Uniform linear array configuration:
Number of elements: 12
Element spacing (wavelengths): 1
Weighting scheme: cosine
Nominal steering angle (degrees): -15
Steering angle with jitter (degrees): -16.599
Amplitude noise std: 0.05
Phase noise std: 0.05

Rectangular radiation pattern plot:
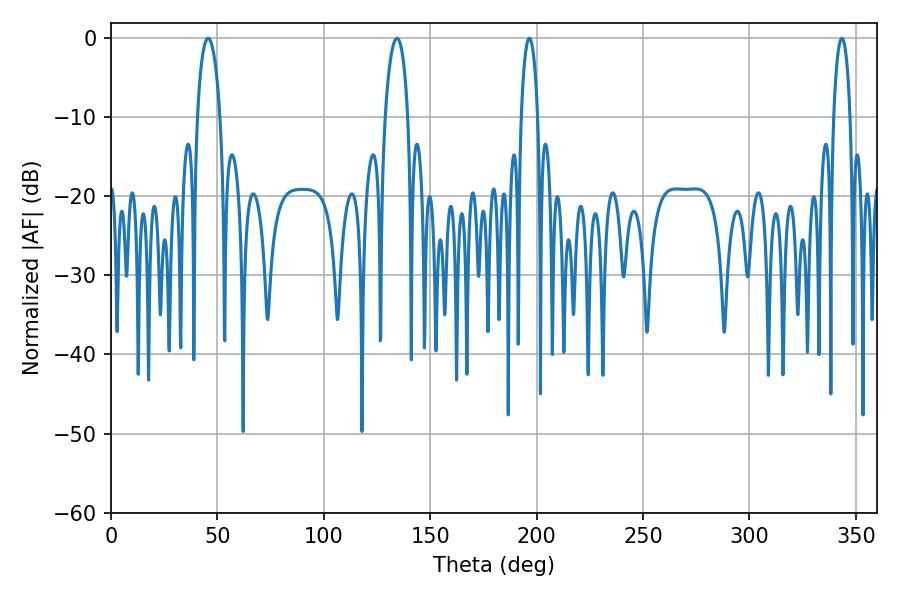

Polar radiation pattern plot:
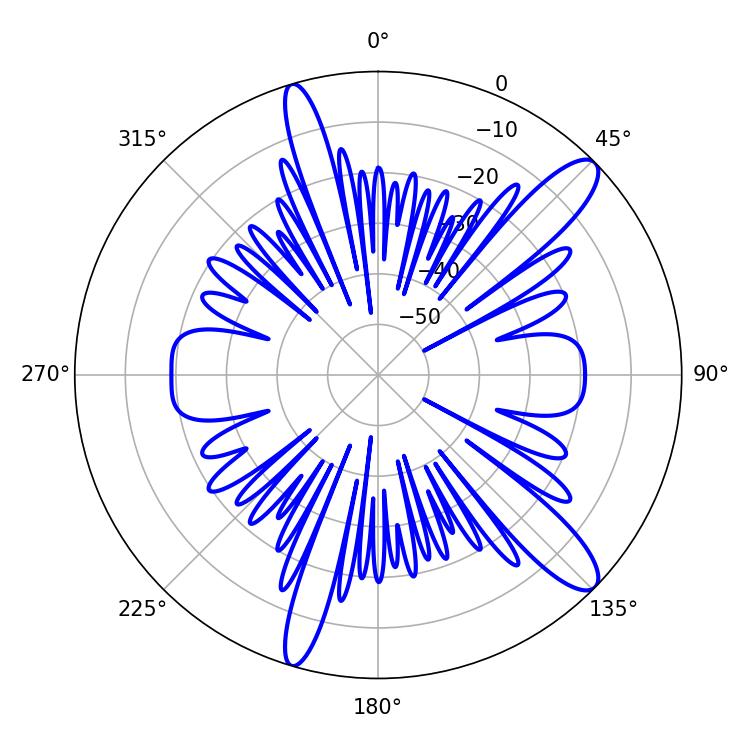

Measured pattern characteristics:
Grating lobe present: TRUE
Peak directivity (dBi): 12.35
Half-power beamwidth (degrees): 4.32
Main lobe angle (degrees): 196.56